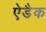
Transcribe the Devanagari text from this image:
ऐडैक